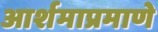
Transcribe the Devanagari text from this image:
आर्शमाप्रमाणे